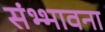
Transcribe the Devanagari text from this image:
संभ्भावना